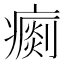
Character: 𤺗